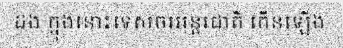
ដង ក្នុងនោះទេសចរអន្តរជាតិ កើនឡើង